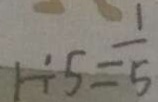
1 \div 5 = \frac { 1 } { 5 }